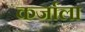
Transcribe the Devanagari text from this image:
कर्जाला